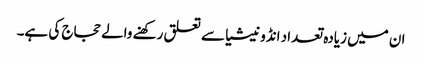
ان میں زیادہ تعداد انڈونیشیا سے تعلق رکھنے والے حجاج کی ہے۔